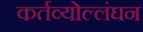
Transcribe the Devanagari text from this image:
कर्तव्योल्लंघन